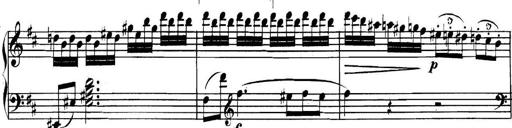
Title: Collected Piano Sonatas
Composer: Muzio Clementi